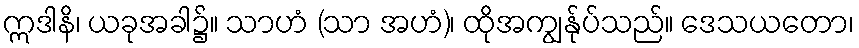
ဣဒါနိ၊ ယခုအခါ၌။ သာဟံ (သာ အဟံ)၊ ထိုအကျွန်ုပ်သည်။ ဒေသယတော၊